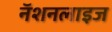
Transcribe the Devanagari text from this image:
नॅशनलाइज